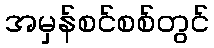
အမှန်စင်စစ်တွင်